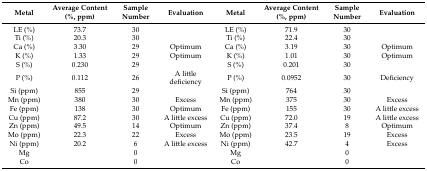
<table><thead><tr><td><b>Metal</b></td><td><b>Average Content (%, ppm)</b></td><td><b>Sample Number</b></td><td><b>Evaluation</b></td><td><b>Metal</b></td><td><b>Average Content (%, ppm)</b></td><td><b>Sample Number</b></td><td><b>Evaluation</b></td></tr></thead><tbody><tr><td>LE (%)</td><td>73.7</td><td>30</td><td></td><td>LE (%)</td><td>71.9</td><td>30</td><td></td></tr><tr><td>Ti (%)</td><td>20.3</td><td>30</td><td></td><td>Ti (%)</td><td>22.4</td><td>30</td><td></td></tr><tr><td>Ca (%)</td><td>3.30</td><td>29</td><td>Optimum</td><td>Ca (%)</td><td>3.19</td><td>30</td><td>Optimum</td></tr><tr><td>K (%)</td><td>1.33</td><td>29</td><td>Optimum</td><td>K (%)</td><td>1.01</td><td>30</td><td>Optimum</td></tr><tr><td>S (%)</td><td>0.230</td><td>29</td><td></td><td>S (%)</td><td>0.201</td><td>30</td><td></td></tr><tr><td>P (%)</td><td>0.112</td><td>26</td><td>A little deficiency</td><td>P (%)</td><td>0.0952</td><td>30</td><td>Deficiency</td></tr><tr><td>Si (ppm)</td><td>855</td><td>29</td><td></td><td>Si (ppm)</td><td>764</td><td>30</td><td></td></tr><tr><td>Mn (ppm)</td><td>380</td><td>30</td><td>Excess</td><td>Mn (ppm)</td><td>375</td><td>30</td><td>Excess</td></tr><tr><td>Fe (ppm)</td><td>138</td><td>30</td><td>Optimum</td><td>Fe (ppm)</td><td>155</td><td>30</td><td>A little excess</td></tr><tr><td>Cu (ppm)</td><td>87.2</td><td>30</td><td>A little excess</td><td>Cu (ppm)</td><td>72.0</td><td>19</td><td>A little excess</td></tr><tr><td>Zn (ppm)</td><td>49.5</td><td>14</td><td>Optimum</td><td>Zn (ppm)</td><td>37.4</td><td>8</td><td>Optimum</td></tr><tr><td>Mo (ppm)</td><td>22.3</td><td>22</td><td>Excess</td><td>Mo (ppm)</td><td>23.5</td><td>19</td><td>Excess</td></tr><tr><td>Ni (ppm)</td><td>20.2</td><td>6</td><td>A little excess</td><td>Ni (ppm)</td><td>42.7</td><td>4</td><td>Excess</td></tr><tr><td>Mg</td><td></td><td>0</td><td></td><td>Mg</td><td></td><td>0</td><td></td></tr><tr><td>Co</td><td></td><td>0</td><td></td><td>Co</td><td></td><td>0</td><td></td></tr></tbody></table>